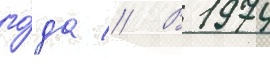
го́да // В 1974